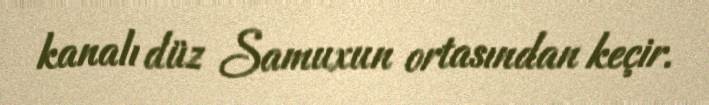
kanalı düz Samuxun ortasından keçir.